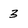
Character: 3